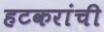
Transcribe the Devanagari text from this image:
हटकरांची